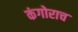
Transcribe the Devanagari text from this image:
कंगोराच